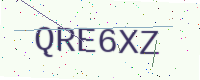
Text: QRE6XZ